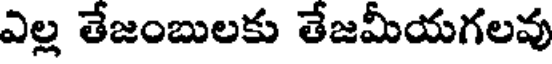
ఎల్ల తేజంబులకు తేజమీయగలవు